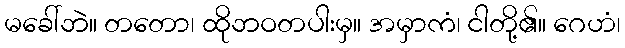
မခေါ်ဘဲ။ တတော၊ ထိုဘဝတပါးမှ။ အမှာကံ၊ ငါတို့၏။ ဂေဟံ၊